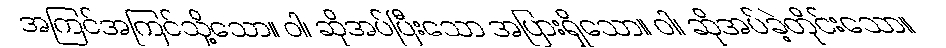
အကြင်အကြင်သို့သော။ ဝါ၊ ဆိုအပ်ပြီးသော အပြားရှိသော။ ဝါ၊ ဆိုအပ်ခဲ့တိုင်းသော။